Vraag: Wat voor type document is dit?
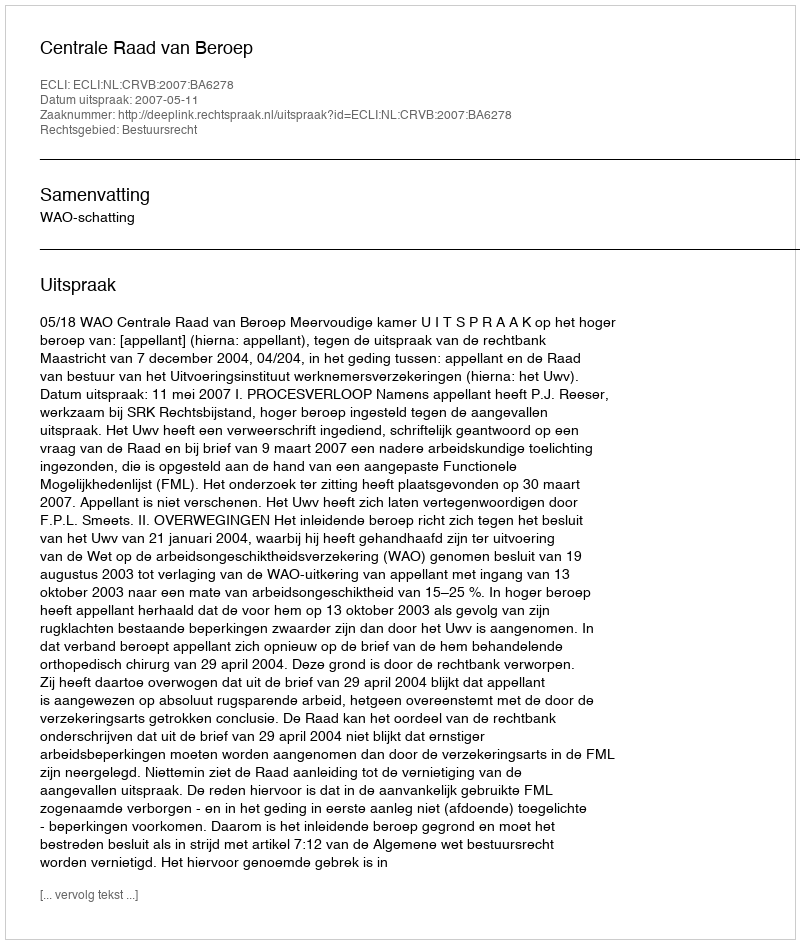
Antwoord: Uitspraak